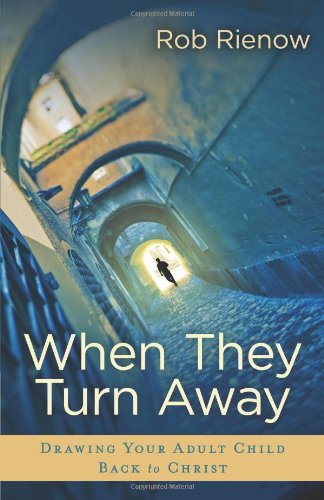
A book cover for When They Turn Away: Drawing Your Adult Child Back to Christ; Rob Rienow; Parenting & Relationships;